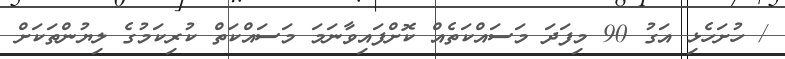
/ ހުށަހެޅި އަގު 90 މިފަދަ މަސައްކަތެއް ކޮށްފައިވާނަމަ މަސައްކަތް ކުރިކަމުގެ ލިޔުންތަކަށް